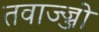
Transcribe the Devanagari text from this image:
तवाज्ज्जो